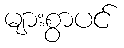
များစွာပင်